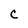
Character: c